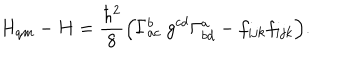
LaTeX: H _ { q m } - H = { \frac { \hbar ^ { 2 } } { 8 } } \Bigl ( \Gamma _ { a c } ^ { b } ~ g ^ { c d } \Gamma _ { b d } ^ { a } - f _ { i j k } f _ { i j k } \Bigr ) .